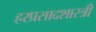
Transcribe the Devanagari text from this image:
हरप्रसादशास्त्री